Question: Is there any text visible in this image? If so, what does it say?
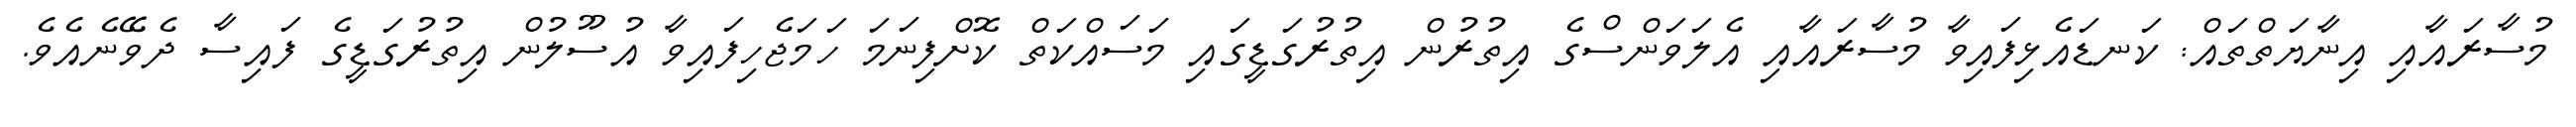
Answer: މުސާރައާއި އިނާޔަތްތައް: ކަނޑައެޅިފައިވާ މުސާރައާއި އެލަވަންސްގެ އިތުރުން އިތުރުގަޑީގައި މަސައްކަތް ކޮށްފިނަމަ ހަމަޖެހިފައިވާ އުސޫލުން އިތުރުގަޑީގެ ފައިސާ ދެވޭނެއެވެ.